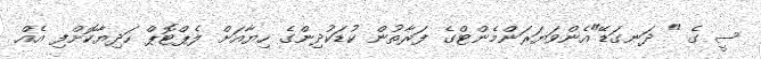
ސީ ގެ " ދަނގަޑޭ"އެންވަޔަރަންމެންޓްގެ ފަރާތުން ކުޑަކުދިންގެ ހިޔާއަށް ލެޕްޓޮޕް ހަދިޔާކޮށްފި އެއް